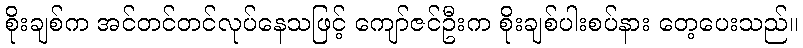
စိုးချစ်က အင်တင်တင်လုပ်နေသဖြင့် ကျော်ဇင်ဦးက စိုးချစ်ပါးစပ်နား တေ့ပေးသည်။